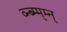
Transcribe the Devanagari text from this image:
व्न्ब्म्म्म्न्